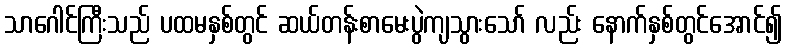
သာဂေါင်ကြီးသည် ပထမနှစ်တွင် ဆယ်တန်းစာမေးပွဲကျသွားသော် လည်း နောက်နှစ်တွင်အောင်၍